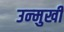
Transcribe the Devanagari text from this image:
उन्‍मुखी